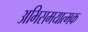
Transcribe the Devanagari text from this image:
अभिसमयात्मक